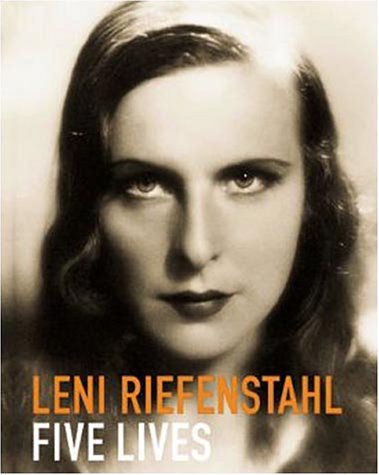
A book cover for Leni Riefenstahl-Five Lives: A Biography in Pictures (Photobook); Ines Walk; Crafts, Hobbies & Home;